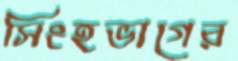
সিংহভাগের